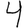
Digit: 4